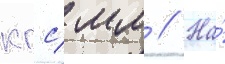
кгс/ мм // На́